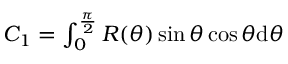
\begin{array} { r } { C _ { 1 } = \int _ { 0 } ^ { \frac { \pi } { 2 } } R ( \theta ) \sin \theta \cos \theta \mathrm { d } \theta } \end{array}